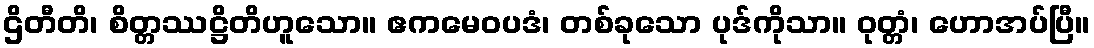
ဌိတီတိ၊ စိတ္တဿဋ္ဌိတိဟူသော။ ဧကမေဝပဒံ၊ တစ်ခုသော ပုဒ်ကိုသာ။ ဝုတ္တံ၊ ဟောအပ်ပြီ။